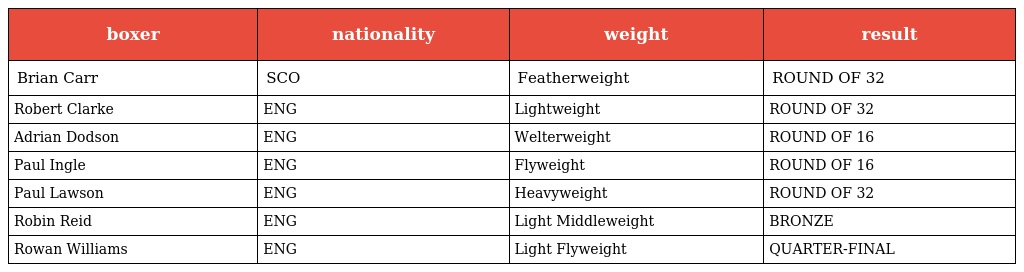
| boxer | nationality | weight | result |
 | --- | --- | --- | --- |
 | Brian Carr | SCO | Featherweight | ROUND OF 32 |
 | Robert Clarke | ENG | Lightweight | ROUND OF 32 |
 | Adrian Dodson | ENG | Welterweight | ROUND OF 16 |
 | Paul Ingle | ENG | Flyweight | ROUND OF 16 |
 | Paul Lawson | ENG | Heavyweight | ROUND OF 32 |
 | Robin Reid | ENG | Light Middleweight | BRONZE |
 | Rowan Williams | ENG | Light Flyweight | QUARTER-FINAL |